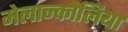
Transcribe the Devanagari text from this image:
मेलान्कोलिया